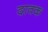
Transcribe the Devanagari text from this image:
दावक